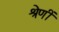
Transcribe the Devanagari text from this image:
श्रेणीं